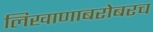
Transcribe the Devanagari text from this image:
लिखाणाबरोबरच